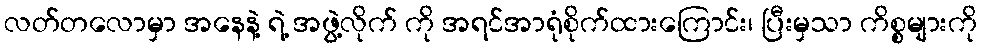
လတ်တလောမှာ အနေနဲ့ ရဲ့ အဖွဲ့လိုက် ကို အရင်အာရုံစိုက်ထားကြောင်း၊ ပြီးမှသာ ကိစ္စများကို